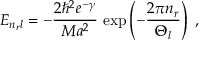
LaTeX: E _ { n _ { r } l } = - \frac { 2 \hbar ^ { 2 } e ^ { - \gamma } } { M a ^ { 2 } } \, \exp \left( - \frac { 2 \pi n _ { r } } { \Theta _ { l } } \right) \; ,